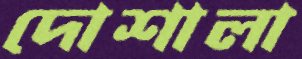
দোশালা